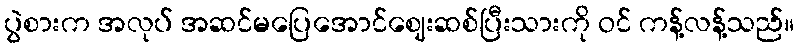
ပွဲစားက အလုပ် အဆင်မပြေအောင်ဈေးဆစ်ပြီးသားကို ဝင် ကန့်လန့်သည်။